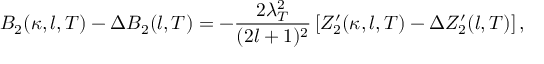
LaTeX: B _ { 2 } ( \kappa , l , T ) - \Delta B _ { 2 } ( l , T ) = - \frac { 2 \lambda _ { T } ^ { 2 } } { ( 2 l + 1 ) ^ { 2 } } \left[ Z _ { 2 } ^ { \prime } ( \kappa , l , T ) - \Delta Z _ { 2 } ^ { \prime } ( l , T ) \right] ,